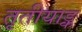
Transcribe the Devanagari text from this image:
तृतीयाङ्क